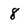
Character: 8